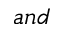
a n d